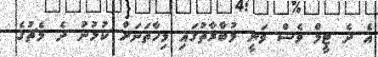
އެ ދެ ޓީމް ވެސް ވަނީ މުބާރާތުގައި މިހާތަނަށް ކުޅުނު ދެ މެޗުގެ